Lunatic asylums Madras 1892-1911 - 1892-1911
Year: 1892
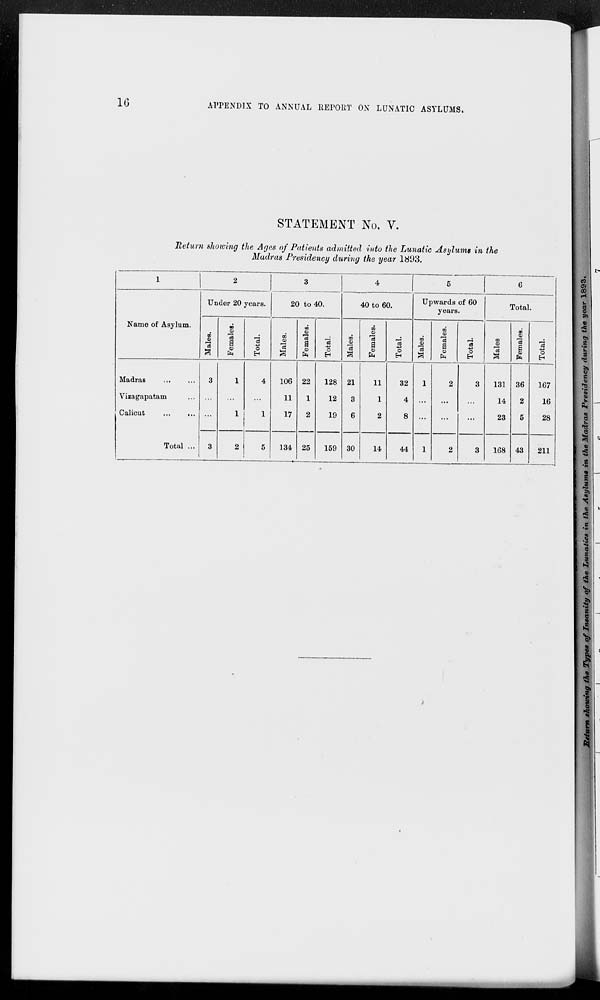
16
APPENDIX TO ANNUAL REPORT ON LUNATIC ASYLUMS.
STATEMENT No. V.
Return showing the Ages of Patients admitted into the Lunatic Asylums in the
Madras Presidency during the year 1893.
1
Name of Asylum.
Madras
...
...
Vizagapatam ...
Calicut
...
...
Total ...
2
Under 20 years.
Males.
3
...
...
3
Females.
1
...
1
2
Total.
4
...
1
5
3
20 to 40.
Males.
106
11
17
134
Females.
22
1
2
25
Total.
128
12
19
159
4
40 to 60.
Males.
21
3
6
30
Females.
11
1
2
14
Total.
32
4
8
44
5
Upwards of 60
years.
Males.
1
...
...
1
Females.
2
...
...
2
Total.
3
...
...
3
6
Total.
Males
131
14
23
168
Females.
36
2
5
43
Total.
167
16
28
211